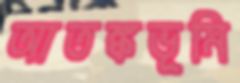
আতঙ্কভূমি